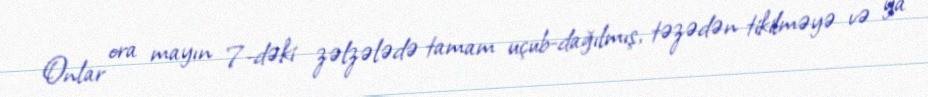
Onlar ora mayın 7-dəki zəlzələdə tamam uçub-dağılmış, təzədən tikilməyə və ya